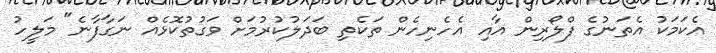
އެކަމަކު އެތަނުގެ ފްލޯރިން އާއި އެހެނިހެން ތަކެތި ބަދަލުކުރުމަށް ވަގުތުކޮޅެއް ނަގާފާނެ" މަލީހު